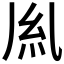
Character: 𫃛